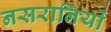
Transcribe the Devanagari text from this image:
नसरानियों